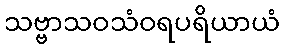
သဗ္ဗာသဝသံဝရပရိယာယံ